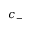
c _ { - }